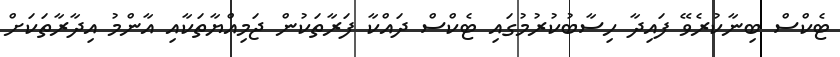
ޓެކްސް ބިނާކުރެވޭ ފައިދާ ހިސާބުކުރުމުގައި ޓެކްސް ދައްކާ ފަރާތަކުން ޖަމިއްޔާތަކާއި އާންމު އިދާރާތަކަށް